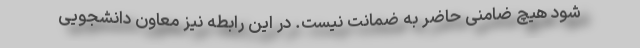
شود هیچ ضامنی حاضر به ضمانت نیست. در این رابطه نیز معاون دانشجویی